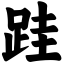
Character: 跬